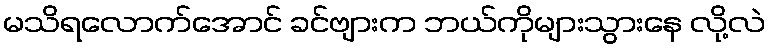
မသိရလောက်အောင် ခင်ဗျားက ဘယ်ကိုများသွားနေ လို့လဲ